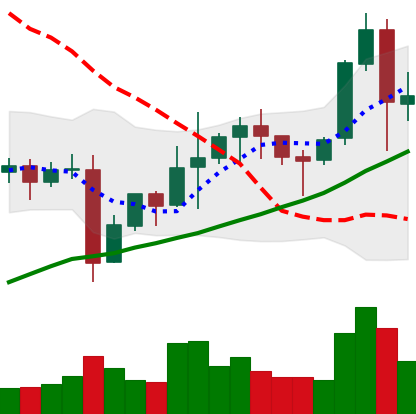
Ticker: NEO-USD
Chart end date: 2021-11-11
Forward return: -11.907%
Label: down_7plus